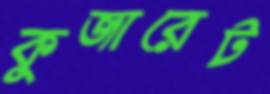
কুজারেট